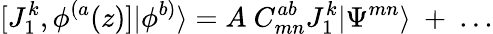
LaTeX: [J_{1}^{k},\phi^{(a}(z)]|\phi^{b)}\rangle=A~C_{mn}^{ab}J_{1}^{k}|\Psi^{mn}\rangle~+~...